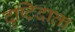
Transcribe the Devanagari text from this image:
दृष्टिदाता